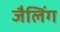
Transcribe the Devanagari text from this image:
जैलिंग